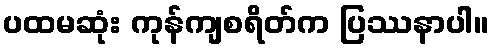
ပထမဆုံး ကုန်ကျစရိတ်က ပြဿနာပါ။